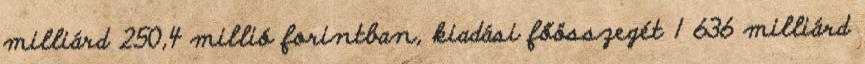
milliárd 250,4 millió forintban, kiadási főösszegét 1 636 milliárd